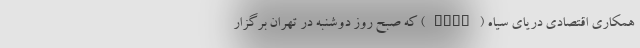
همکاری اقتصادی دریای سیاه (BSEC) که صبح روز دوشنبه در تهران برگزار